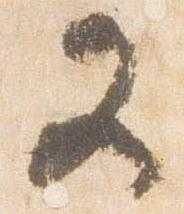
又